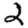
Digit: 2